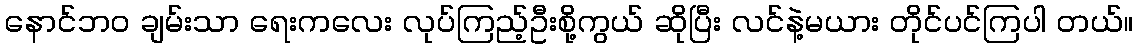
နောင်ဘဝ ချမ်းသာ ရေးကလေး လုပ်ကြည့်ဦးစို့ကွယ် ဆိုပြီး လင်နဲ့မယား တိုင်ပင်ကြပါ တယ်။